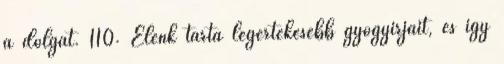
a dolgát. 110. Elénk tárta legértékesebb gyógyírjait, és így